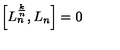
\left[ L _ { n } ^ { \frac { k } { n } } , L _ { n } \right] = 0